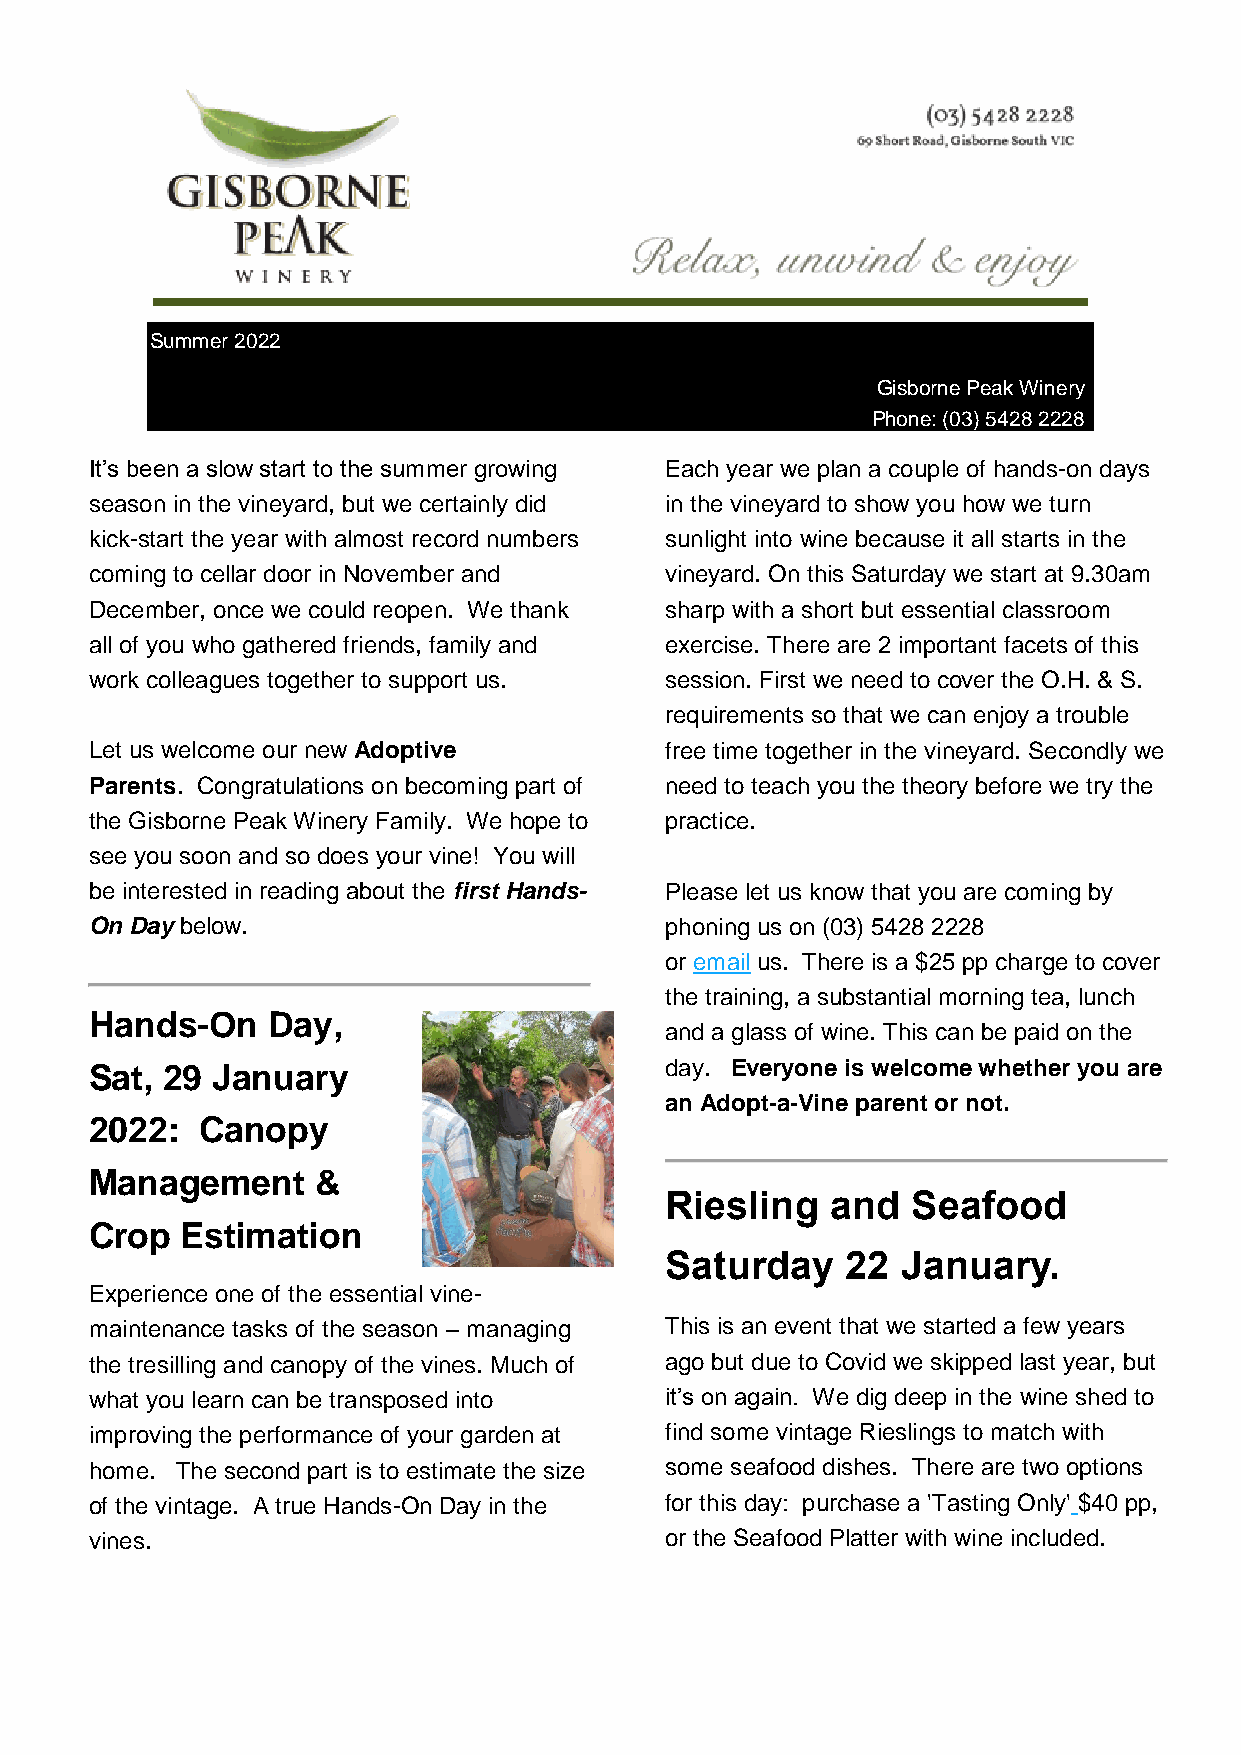
Summer 2022
 Gisborne Peak Winery
 Phone: (03) 5428 2228
 It’s been a slow start to the summer growing Each year we plan a couple of hands-on days
 season in the vineyard, but we certainly did in the vineyard to show you how we turn
 kick-start the year with almost record numbers sunlight into wine because it all starts in the
 coming to cellar door in November and vineyard. On this Saturday we start at 9.30am
 December, once we could reopen. We thank sharp with a short but essential classroom
 all of you who gathered friends, family and exercise. There are 2 important facets of this
 work colleagues together to support us. session. First we need to cover the O.H. & S.
 requirements so that we can enjoy a trouble
 Let us welcome our new Adoptive       free time together in the vineyard. Secondly we
 Parents. Congratulations on becoming part of need to teach you the theory before we try the
 the Gisborne Peak Winery Family. We hope to practice.
 see you soon and so does your vine! You will
 be interested in reading about the first Hands- Please let us know that you are coming by
 On Day below.                         phoning us on (03) 5428 2228
 or email us. There is a $25 pp charge to cover
 the training, a substantial morning tea, lunch
 Hands-On    Day,
 and a glass of wine. This can be paid on the
 Sat, 29 January                       day. Everyone is welcome whether you are
 an Adopt-a-Vine parent or not.
 2022:  Canopy
 Management     &
 Riesling   and  Seafood
 Crop  Estimation
 Saturday    22  January.
 Experience one of the essential vine-
 maintenance tasks of the season – managing This is an event that we started a few years
 the tresilling and canopy of the vines. Much of ago but due to Covid we skipped last year, but
 what you learn can be transposed into it’s on again. We dig deep in the wine shed to
 improving the performance of your garden at find some vintage Rieslings to match with
 home. The second part is to estimate the size some seafood dishes. There are two options
 of the vintage. A true Hands-On Day in the for this day: purchase a 'Tasting Only' $40 pp,
 vines.                                or the Seafood Platter with wine included.